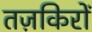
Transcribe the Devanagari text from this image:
तज़किरों